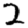
Digit: 2